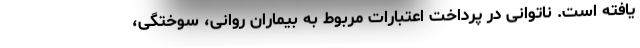
یافته است. ناتوانی در پرداخت اعتبارات مربوط به بیماران روانی، سوختگی،